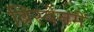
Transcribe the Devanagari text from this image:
ब्रिस्बेनमें